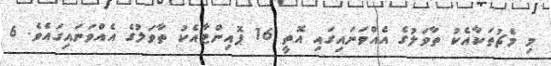
މި މެޗުތަކާއެކު ތާވަލުގެ އެއްވަނައިގައި އޮތީ 16 ޕޮއިންޓާއެކު ތާވަލުގެ އެއްވަނައިގައެވެ. 6